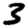
Digit: 3